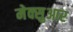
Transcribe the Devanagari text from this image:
मेक्सुआर